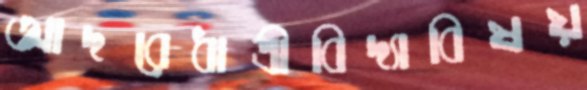
আদরেধাত্রীবিদ্যাবিষয়